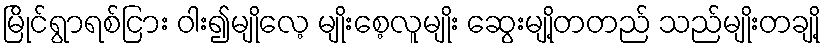
မြိုင်ရွာရစ်ငြား ဝါး၍မျိုလေ့ မျိုးစေ့လူမျိုး ဆွေးမျို့တတည် သည်မျိုးတချို့